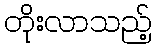
တိုးလာသည့်